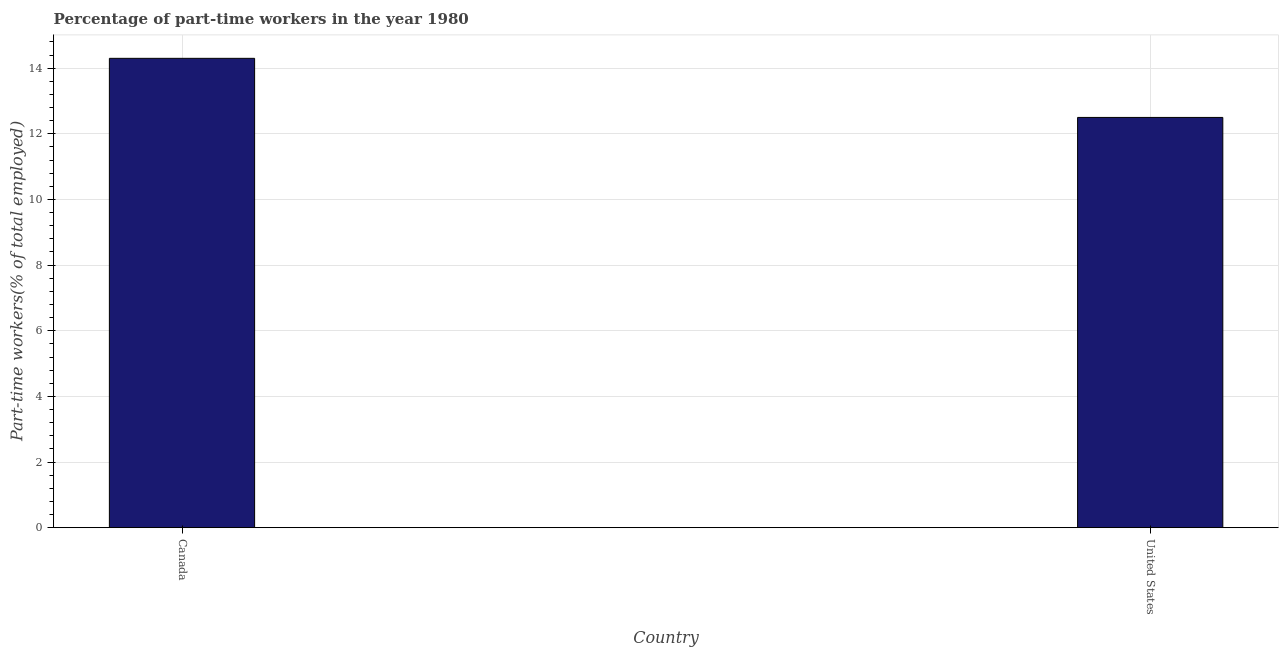
| Country | Part time employment |
 | --- | --- |
 | Canada | 14.3 |
 | United States | 12.5 |